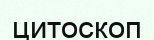
цитоскоп